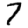
Digit: 7